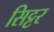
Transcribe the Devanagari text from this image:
सिट्टर